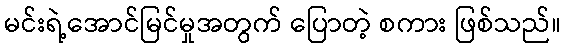
မင်းရဲ့အောင်မြင်မှုအတွက် ပြောတဲ့ စကား ဖြစ်သည်။